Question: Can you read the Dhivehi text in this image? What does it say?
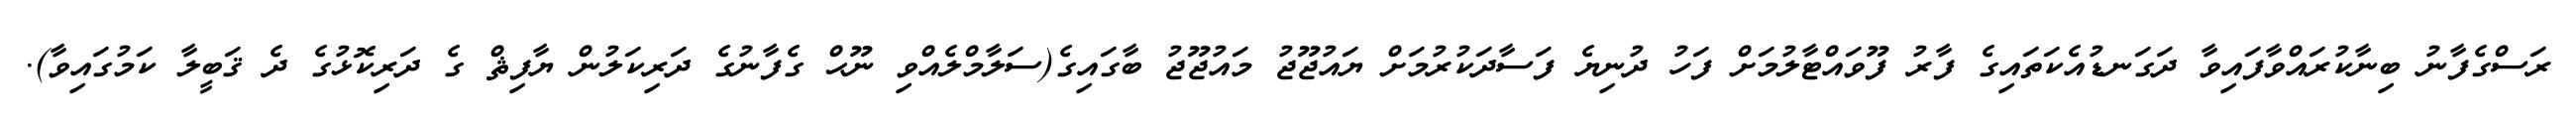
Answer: ރަސްގެފާނު ބިނާކުރައްވާފައިވާ ދަގަނޑުއެކަތައިގެ ފާރު ފޫވައްޓާލުމަށް ފަހު ދުނިޔެ ފަސާދަކުރުމަށް ޔައުޖޫޖު މައުޖޫޖު ބާގައިގެ(ސަލާމްލެއްވި ނޫޙް ގެފާނުގެ ދަރިކަލުން ޔާފިޘް ގެ ދަރިކޮޅުގެ ދެ ޤަބީލާ ކަމުގައިވާ).